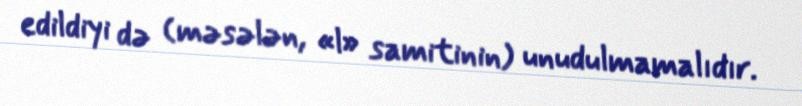
edildiyi də (məsələn, «l» samitinin) unudulmamalıdır.